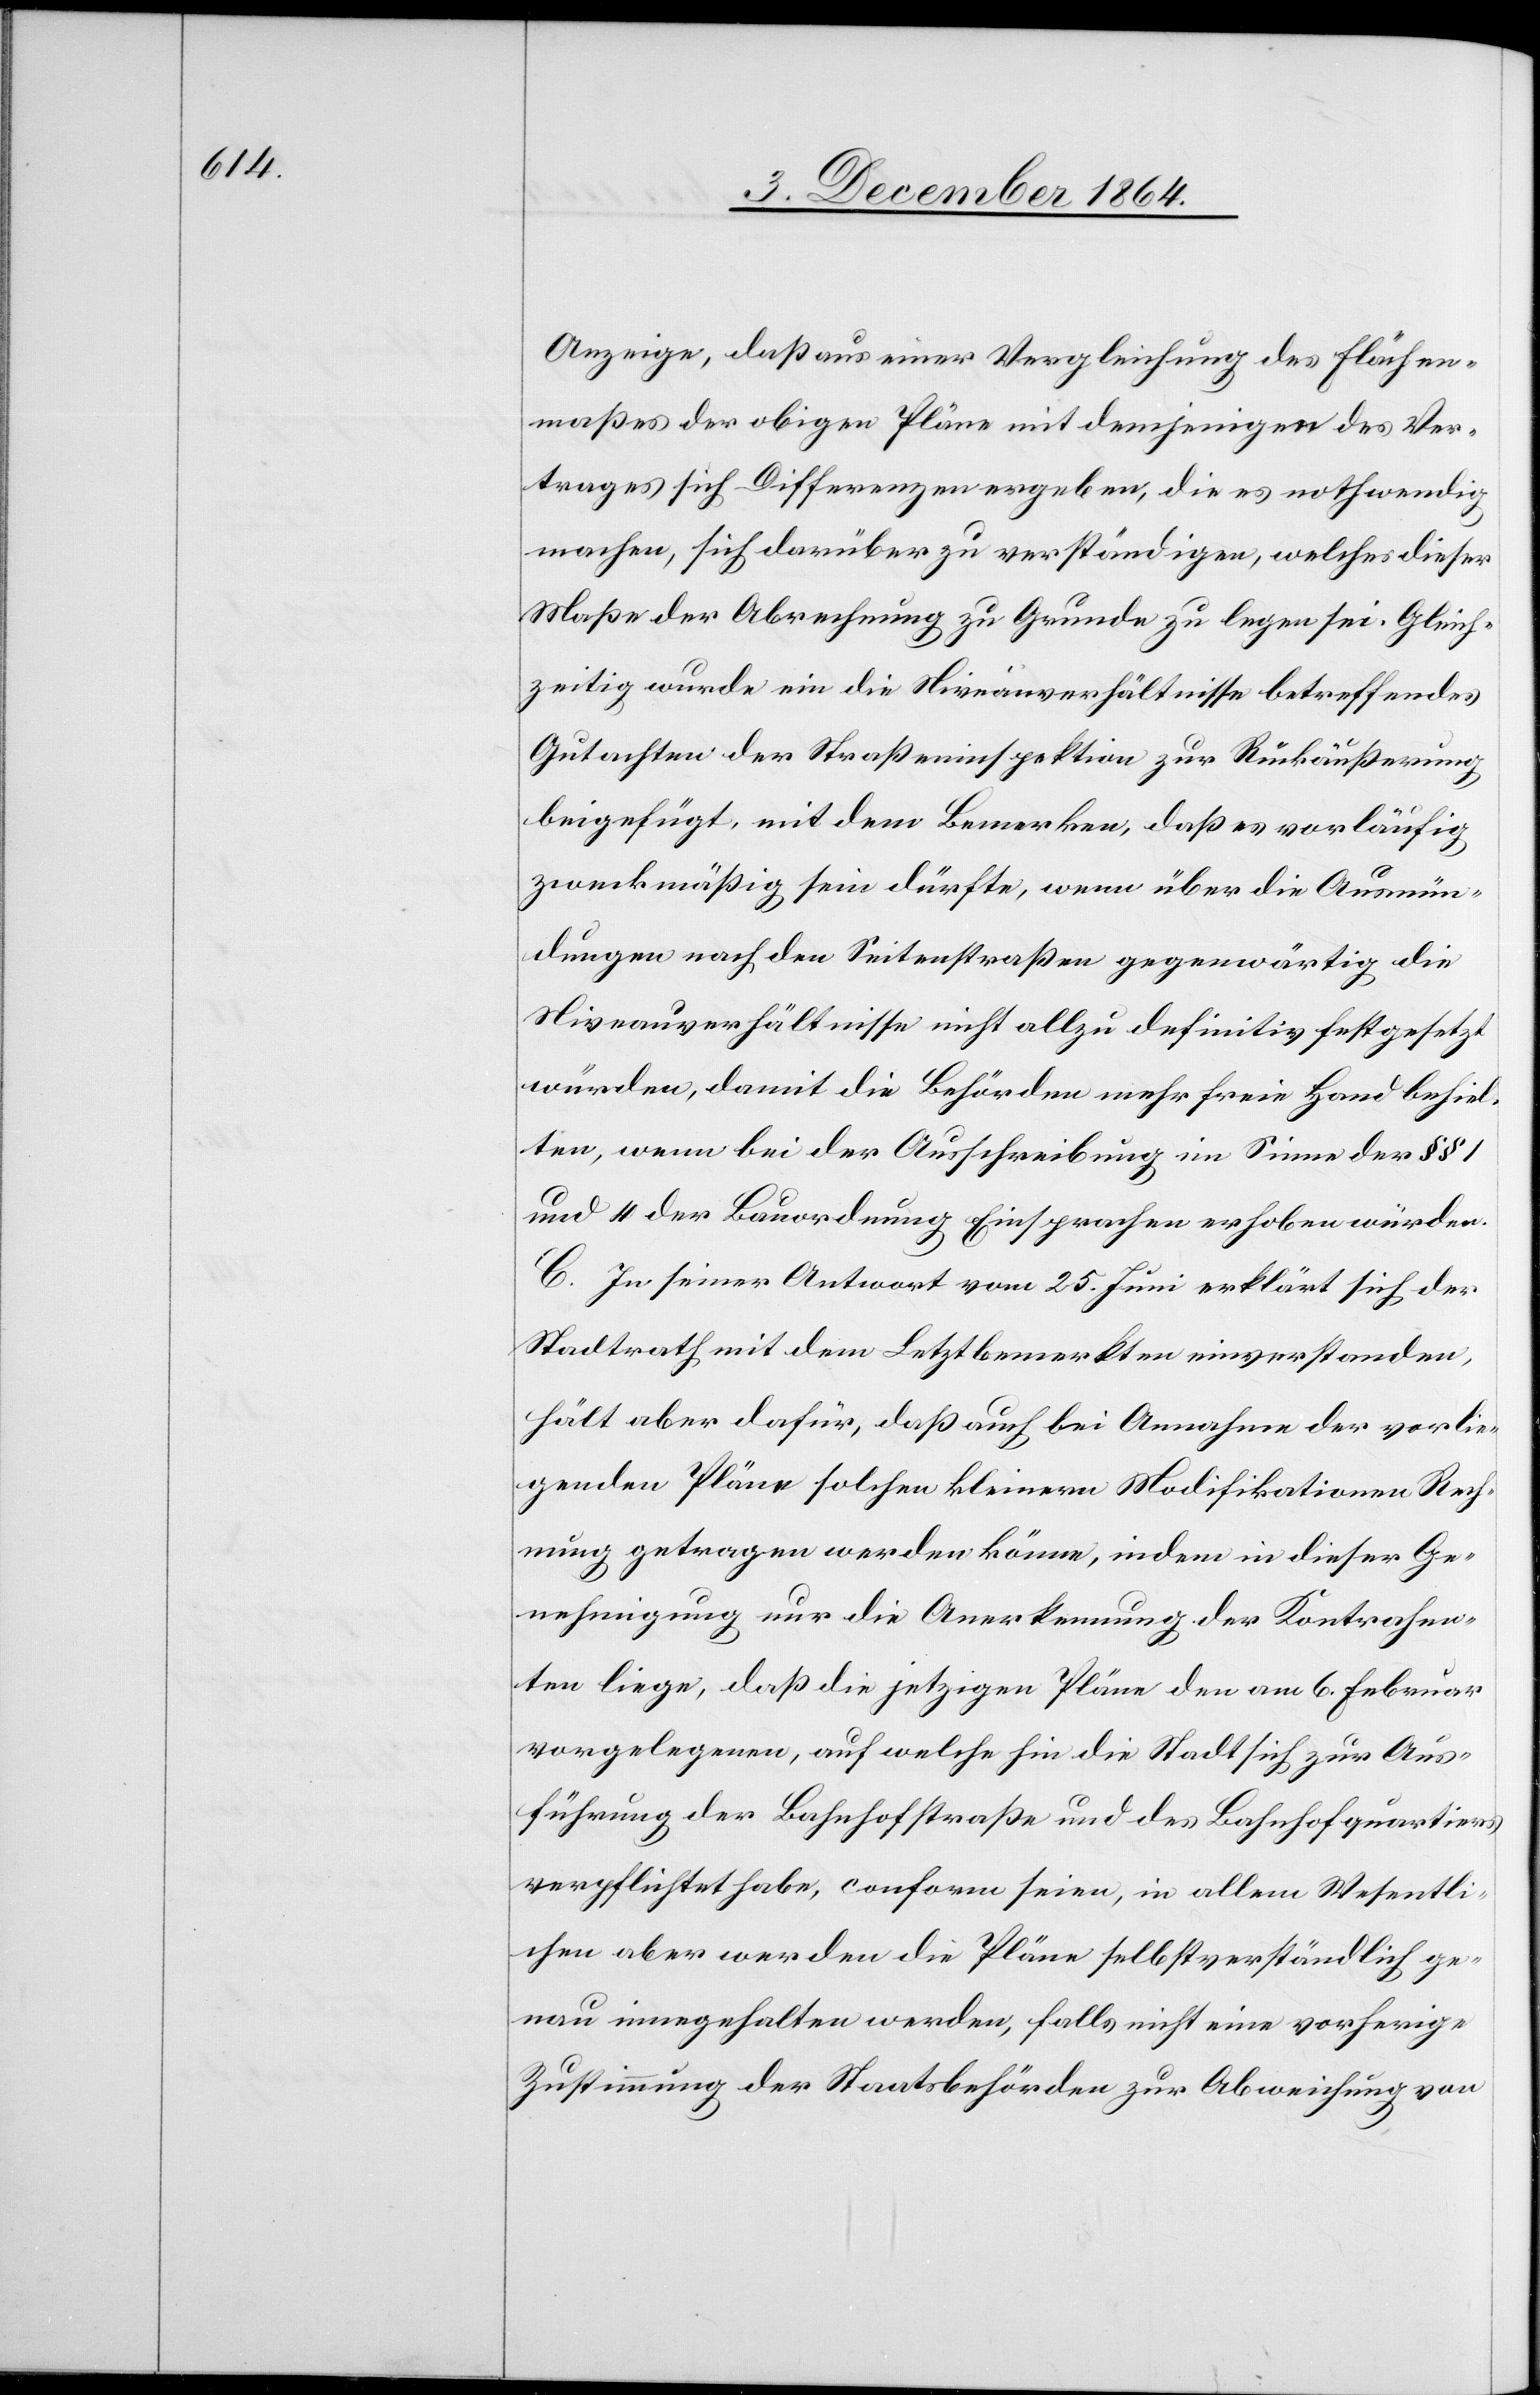
Anzeige, daß aus einer Vergleichung des Flächen¬
maßes der obigen Pläne mit demjenigen des Ver¬
trages sich Differenzen ergeben, die es nothwendig
machen, sich darüber zu verständigen, welches dieser
Maße der Abrechnung zu Grunde zu legen sei. Gleich¬
zeitig wurde ein die Niveauverhältnisse betreffendes
Gutachten der Straßeninspektion zur Rückäußerung
beigefügt, mit dem Bemerken, daß es vorläufig
zweckmäßig sein dürfte, wenn über die Ausmün¬
dungen nach den Seitenstraßen gegenwärtig die
Niveauverhältnisse nicht allzu definitiv festgesetzt
würden, damit die Behörden mehr freie Hand behiel¬
ten, wenn bei der Ausschreibung im Sinne der §§
und 4 der Bauordnung Einsprachen erhoben würden.
C. In seiner Antwort vom 25. Juni erklärt sich der
Stadtrath mit dem Letztbemerkten einverstanden,
hält aber dafür, daß auch bei Annahme der vorlie¬
genden Pläne solchen kleinen Modifikationen Rech¬
nung getragen werden könne, indem in dieser Ge¬
nehmigung nur die Anerkennung der Kontrahen¬
ten liege, daß die jetzigen Pläne den am 6. Februar
vorgelegten, auf welche hin die Stadt sich zur Aus¬
führung der Bahnhofstraße und des Bahnhofquartiers
verpflichtet habe, conform seien, in allem Wesentli¬
chen aber werden die Pläne selbstverständlich ge¬
nau eingehalten werden, falls nicht eine vorherige
Zustimmung der Staatsbehörden zur Abweichung von